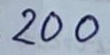
200